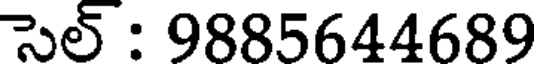
సెల్ : 9885644689